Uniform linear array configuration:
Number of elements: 12
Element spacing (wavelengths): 1
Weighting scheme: kaiser
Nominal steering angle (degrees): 45
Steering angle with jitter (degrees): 43.401
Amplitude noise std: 0.05
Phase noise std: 0.05

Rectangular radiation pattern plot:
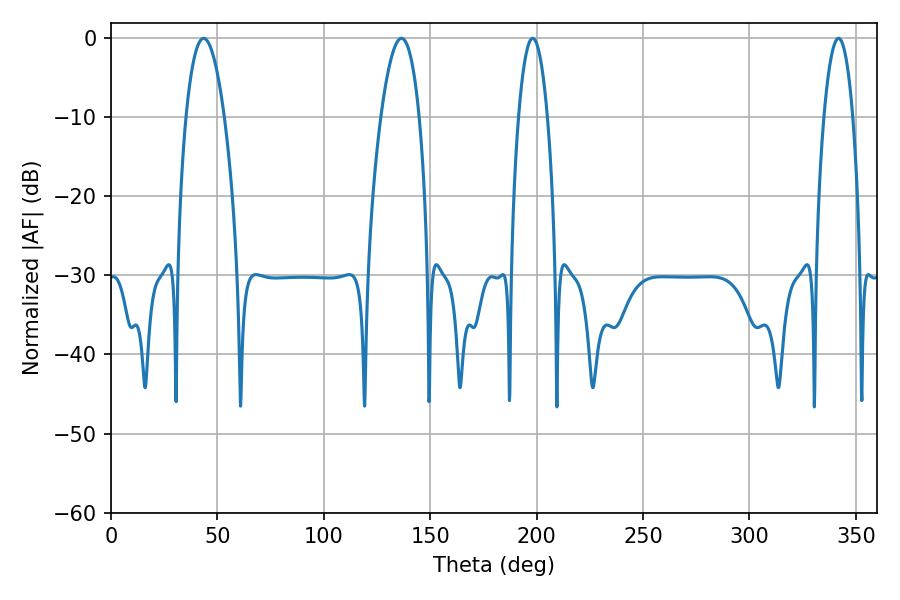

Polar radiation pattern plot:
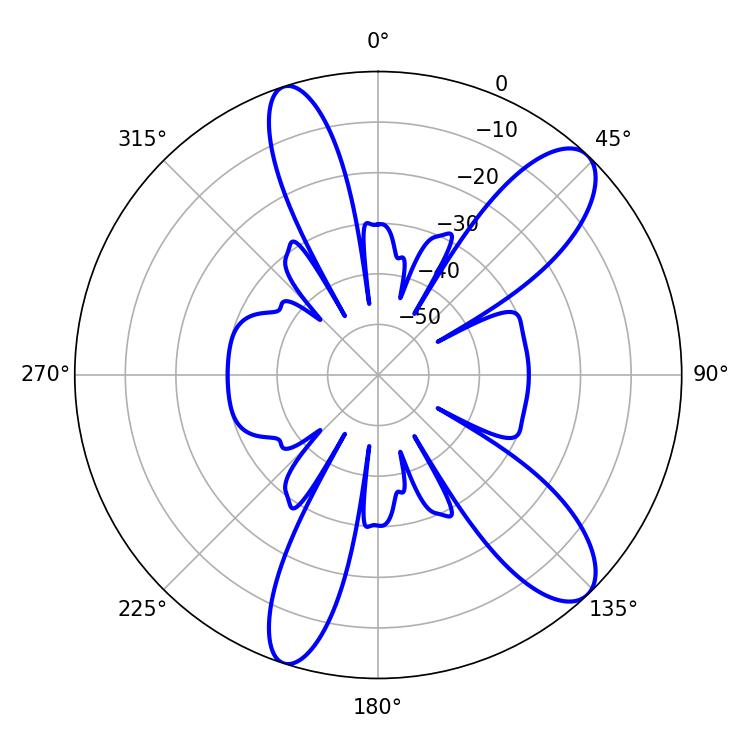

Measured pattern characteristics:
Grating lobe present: TRUE
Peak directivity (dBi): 10.72
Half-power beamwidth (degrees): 10.08
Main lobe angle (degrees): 43.56